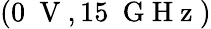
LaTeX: (0~\mathrm{~V~},15~\mathrm{~G~H~z~})